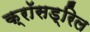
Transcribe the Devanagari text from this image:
क्रॉसड्रिल